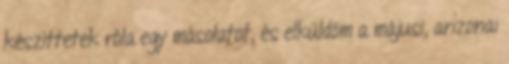
készíttetek róla egy másolatot, és elküldöm a májusi, arizonai